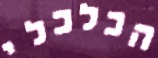
הכלכלי